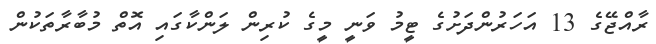
ރާއްޖޭގެ 13 އަހަރުންދަށުގެ ޓީމު ވަނީ މީގެ ކުރިން ލަންކާގައި އޮތް މުބާރާތަކުން